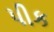
પીક